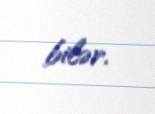
bilər.